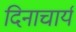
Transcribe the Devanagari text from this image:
दिनाचार्य